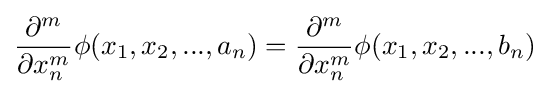
{\frac {\partial ^{m}}{\partial x_{n}^{m}}}\phi (x_{1},x_{2},...,a_{n})={\frac {\partial ^{m}}{\partial x_{n}^{m}}}\phi (x_{1},x_{2},...,b_{n})